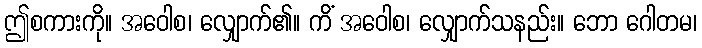
ဤစကားကို။ အဝေါစ၊ လျှောက်၏။ ကိံ အဝေါစ၊ လျှောက်သနည်း။ ဘော ဂေါတမ၊